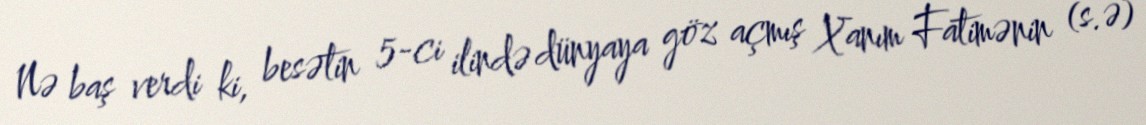
Nə baş verdi ki, besətin 5-ci ilində dünyaya göz açmış Xanım Fatimənin (s.ə)